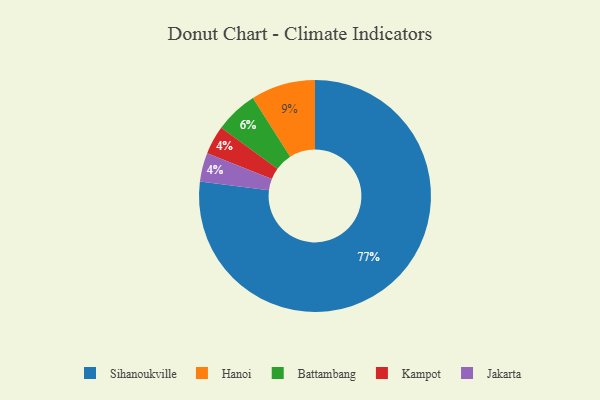
{"axis": {"x": "Category", "y": "Percentage"}, "legend": ["Battambang", "Hanoi", "Jakarta", "Kampot", "Sihanoukville"], "data": [{"x": "Sihanoukville", "y": 77, "type": "Sihanoukville"}, {"x": "Kampot", "y": 4, "type": "Kampot"}, {"x": "Hanoi", "y": 9, "type": "Hanoi"}, {"x": "Jakarta", "y": 4, "type": "Jakarta"}, {"x": "Battambang", "y": 6, "type": "Battambang"}]}